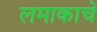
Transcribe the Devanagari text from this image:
लमाकाचे